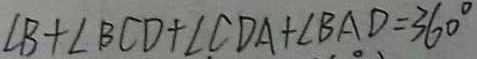
\angle B + \angle B C D + \angle C D A + \angle B A D = 3 6 0 ^ { \circ }